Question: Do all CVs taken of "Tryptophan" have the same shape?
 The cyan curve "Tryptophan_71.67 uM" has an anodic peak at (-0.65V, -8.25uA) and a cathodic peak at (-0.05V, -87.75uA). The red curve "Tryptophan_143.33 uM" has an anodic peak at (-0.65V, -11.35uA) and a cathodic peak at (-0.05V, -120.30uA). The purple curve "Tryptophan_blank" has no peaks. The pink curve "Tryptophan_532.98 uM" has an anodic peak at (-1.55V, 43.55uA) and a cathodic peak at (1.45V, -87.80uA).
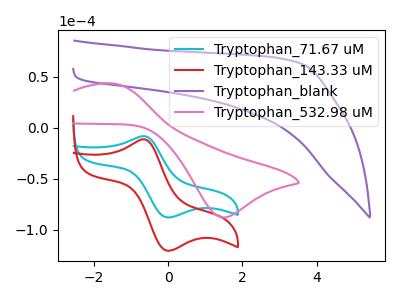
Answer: <think>All the peaks in "Tryptophan_71.67 uM" have a peak in "Tryptophan_143.33 uM" at the same potential. "Tryptophan_71.67 uM" and "Tryptophan_blank" have a different number of peaks. "Tryptophan_71.67 uM" and "Tryptophan_532.98 uM" have at least one peak that do not match. "Tryptophan_143.33 uM" and "Tryptophan_blank" have a different number of peaks. "Tryptophan_143.33 uM" and "Tryptophan_532.98 uM" have at least one peak that do not match. "Tryptophan_blank" and "Tryptophan_532.98 uM" have a different number of peaks.
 </think>
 <answer>All the CV's of "Tryptophan" have similar shape.</answer>
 <eval>follow_rule</eval>